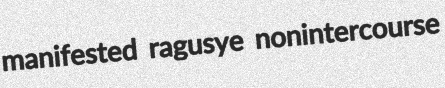
manifested ragusye nonintercourse